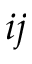
i j